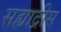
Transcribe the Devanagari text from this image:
सह्याद्रीस